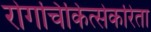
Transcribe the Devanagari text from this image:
रोगचिकित्सेकरिता